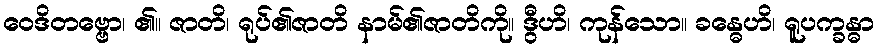
ဝေဒိတဗ္ဗော၊ ၏။ ဇာတိ၊ ရုပ်၏ဇာတိ နာမ်၏ဇာတိကို။ ဒွီဟိ၊ ကုန်သော။ ခန္ဓေဟိ၊ ရူပက္ခန္ဓာ